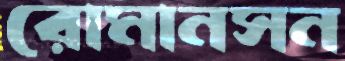
রোমানসন